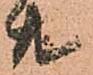
共